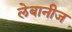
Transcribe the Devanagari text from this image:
लेबानीज